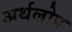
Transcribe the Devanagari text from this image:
अर्थलोप